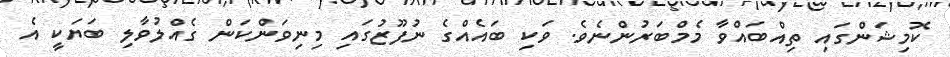
ކޮމިޝަންގައި ތިއްބައްވާ މެމްބަރުންނެވެ. ވަކި ބައެއްގެ ނުފޫޒުގައި މިނިވަންކަން ގެއްލުވާލި ބަޔަކީ އެ